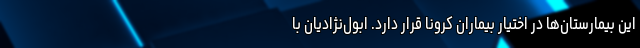
این بیمارستان‌ها در اختیار بیماران کرونا قرار دارد. ابول‌نژادیان با